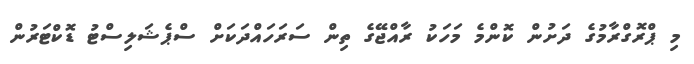
މި ޕްރޮގްރާމުގެ ދަށުން ކޮންމެ މަހަކު ރާއްޖޭގެ ތިން ސަރަހައްދަކަށް ސްޕެޝަލިސްޓު ޑޮކްޓަރުން